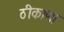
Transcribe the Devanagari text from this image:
ठीकाणा